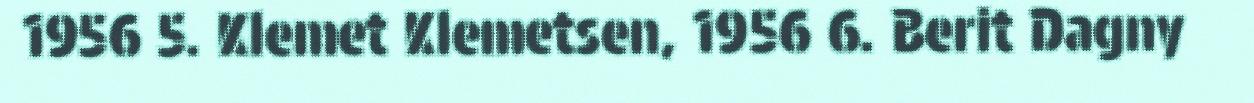
1956 5. Klemet Klemetsen, 1956 6. Berit Dagny